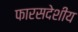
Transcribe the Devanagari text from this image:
फारसदेशीय